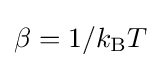
\beta =1/k_{\rm {B}}T